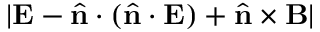
| { \bf E } - \hat { \bf n } \cdot ( \hat { \bf n } \cdot { \bf E } ) + \hat { \bf n } \times { \bf B } |